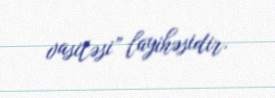
vasitəsi” layihəsidir.